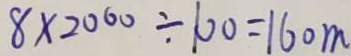
8 \times 2 0 0 0 \div 1 0 0 = 1 6 0 m